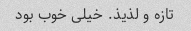
تازه و لذیذ. خیلی خوب بود